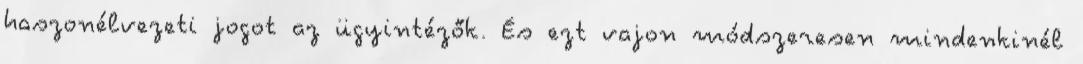
haszonélvezeti jogot az ügyintézők. És ezt vajon módszeresen mindenkinél